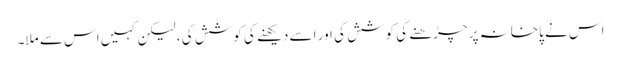
اس نے پاخانہ پر چڑھنے کی کوشش کی اور اسے دیکھنے کی کوشش کی ، لیکن کہیں اس سے ملا۔